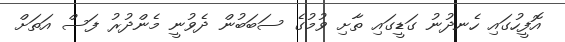
އޮފީހުގައި ހެނދުނު ގަޑީގައި ތާށި ވުމުގެ ސަބަބުން ދެވުނީ މެންދުރު ފަސް އަތަށް